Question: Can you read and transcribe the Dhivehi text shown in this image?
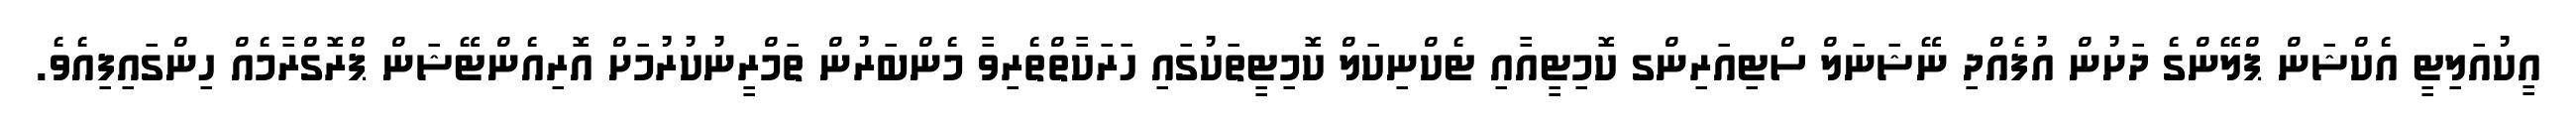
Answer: އީކުއަލިޓީ އެކްޝަން ޕްލޭންގެ ދަށުން އުފެއްދި ނޭޝަނަލް ސްޓިއަރިންގ ކޮމިޓީއާއި ޓެކްނިކަލް ކޮމިޓީތަކުގައި ހަރަކާތްތެރިވާ މެންބަރުން ތަމްރީނުކުރުމަށް އޮރިއެންޓޭޝަން ޕްރޮގްރާމެއް ހިންގައިފިއެވެ.